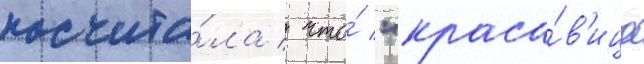
посчита́ла / что́ "краса́в'ица